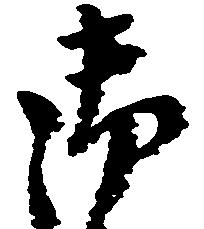
御